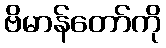
ဗိမာန်တော်ကို